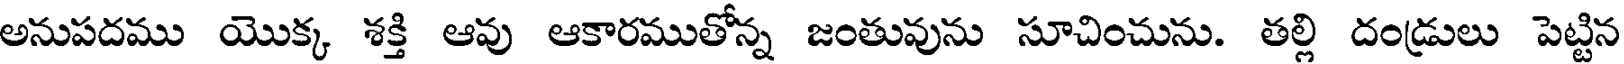
అనుపదము యొక్క శక్తి ఆవు ఆకారముతోన్న జంతువును సూచించును. తల్లి దండ్రులు పెట్టిన